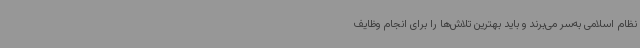
نظام اسلامی به‌سر می‌برند و باید بهترین تلاش‌ها را برای انجام وظایف